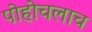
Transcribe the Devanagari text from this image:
पोहोचलाच